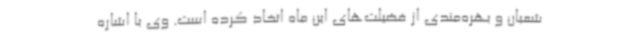
شعبان و بهره‌مندی از فضیلت‌های این ماه اتخاذ کرده است. وی با اشاره